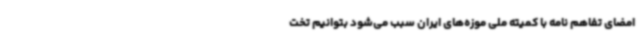
امضای تفاهم نامه با کمیته ملی موزه‌های ایران سبب می‌شود بتوانیم تخت